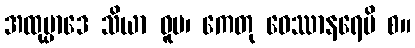
အထုပ္ပာဒေ သိယာ ဓူမ၊ ကေတု ဝေဿာနရေပိ စ။